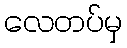
လေတပ်မှ